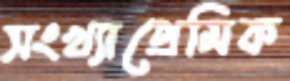
সংখ্যাপ্রেমিক